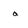
Character: a